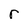
Character: r